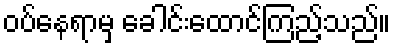
ဝပ်နေရာမှ ခေါင်းထောင်ကြည့်သည်။